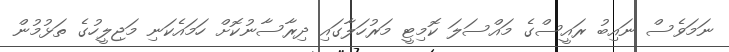
ނަމަވެސް ނައިބު ރައީސްގެ މައްސަލަ ކޮމިޓީ މަރުހަލާގައި ދިރާސާނުކޮށް ހަމައެކަނި މަޖިލީހުގެ ތަޅުމުން